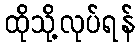
ထိုသို့လုပ်ရန်